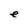
Character: e